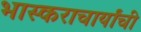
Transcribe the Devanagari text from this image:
भास्कराचार्यांची